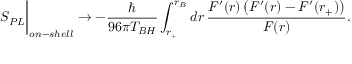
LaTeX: S _ { P L } \biggr \vert _ { o n - s h e l l } \rightarrow - \frac { \hbar } { 9 6 \pi T _ { B H } } \int _ { r _ { + } } ^ { r _ { B } } d r \, \frac { F ^ { \prime } ( r ) \, \bigl ( F ^ { \prime } ( r ) - F ^ { \prime } ( r _ { + } ) \bigl ) } { F ( r ) } .